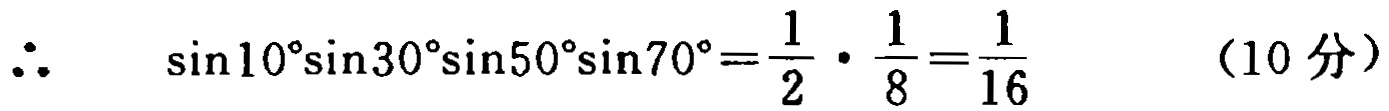
\(\therefore\quad \sin10^{\circ}\sin30^{\circ}\sin50^{\circ}\sin70^{\circ}=\frac{1}{2}\cdot\frac{1}{8}=\frac{1}{16}\quad (10\text{ 分})\)